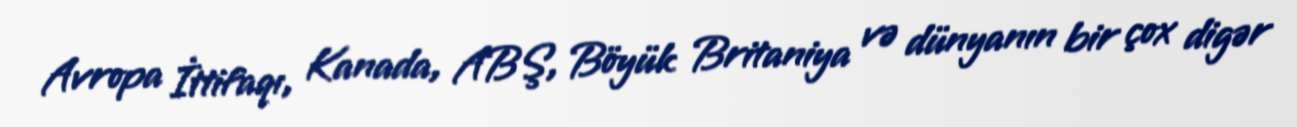
Avropa İttifaqı, Kanada, ABŞ, Böyük Britaniya və dünyanın bir çox digər